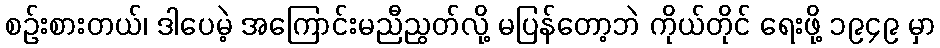
စဉ်းစားတယ်၊ ဒါပေမဲ့ အကြောင်းမညီညွတ်လို့ မပြန်တော့ဘဲ ကိုယ်တိုင် ရေးဖို့ ၁၉၄၉ မှာ